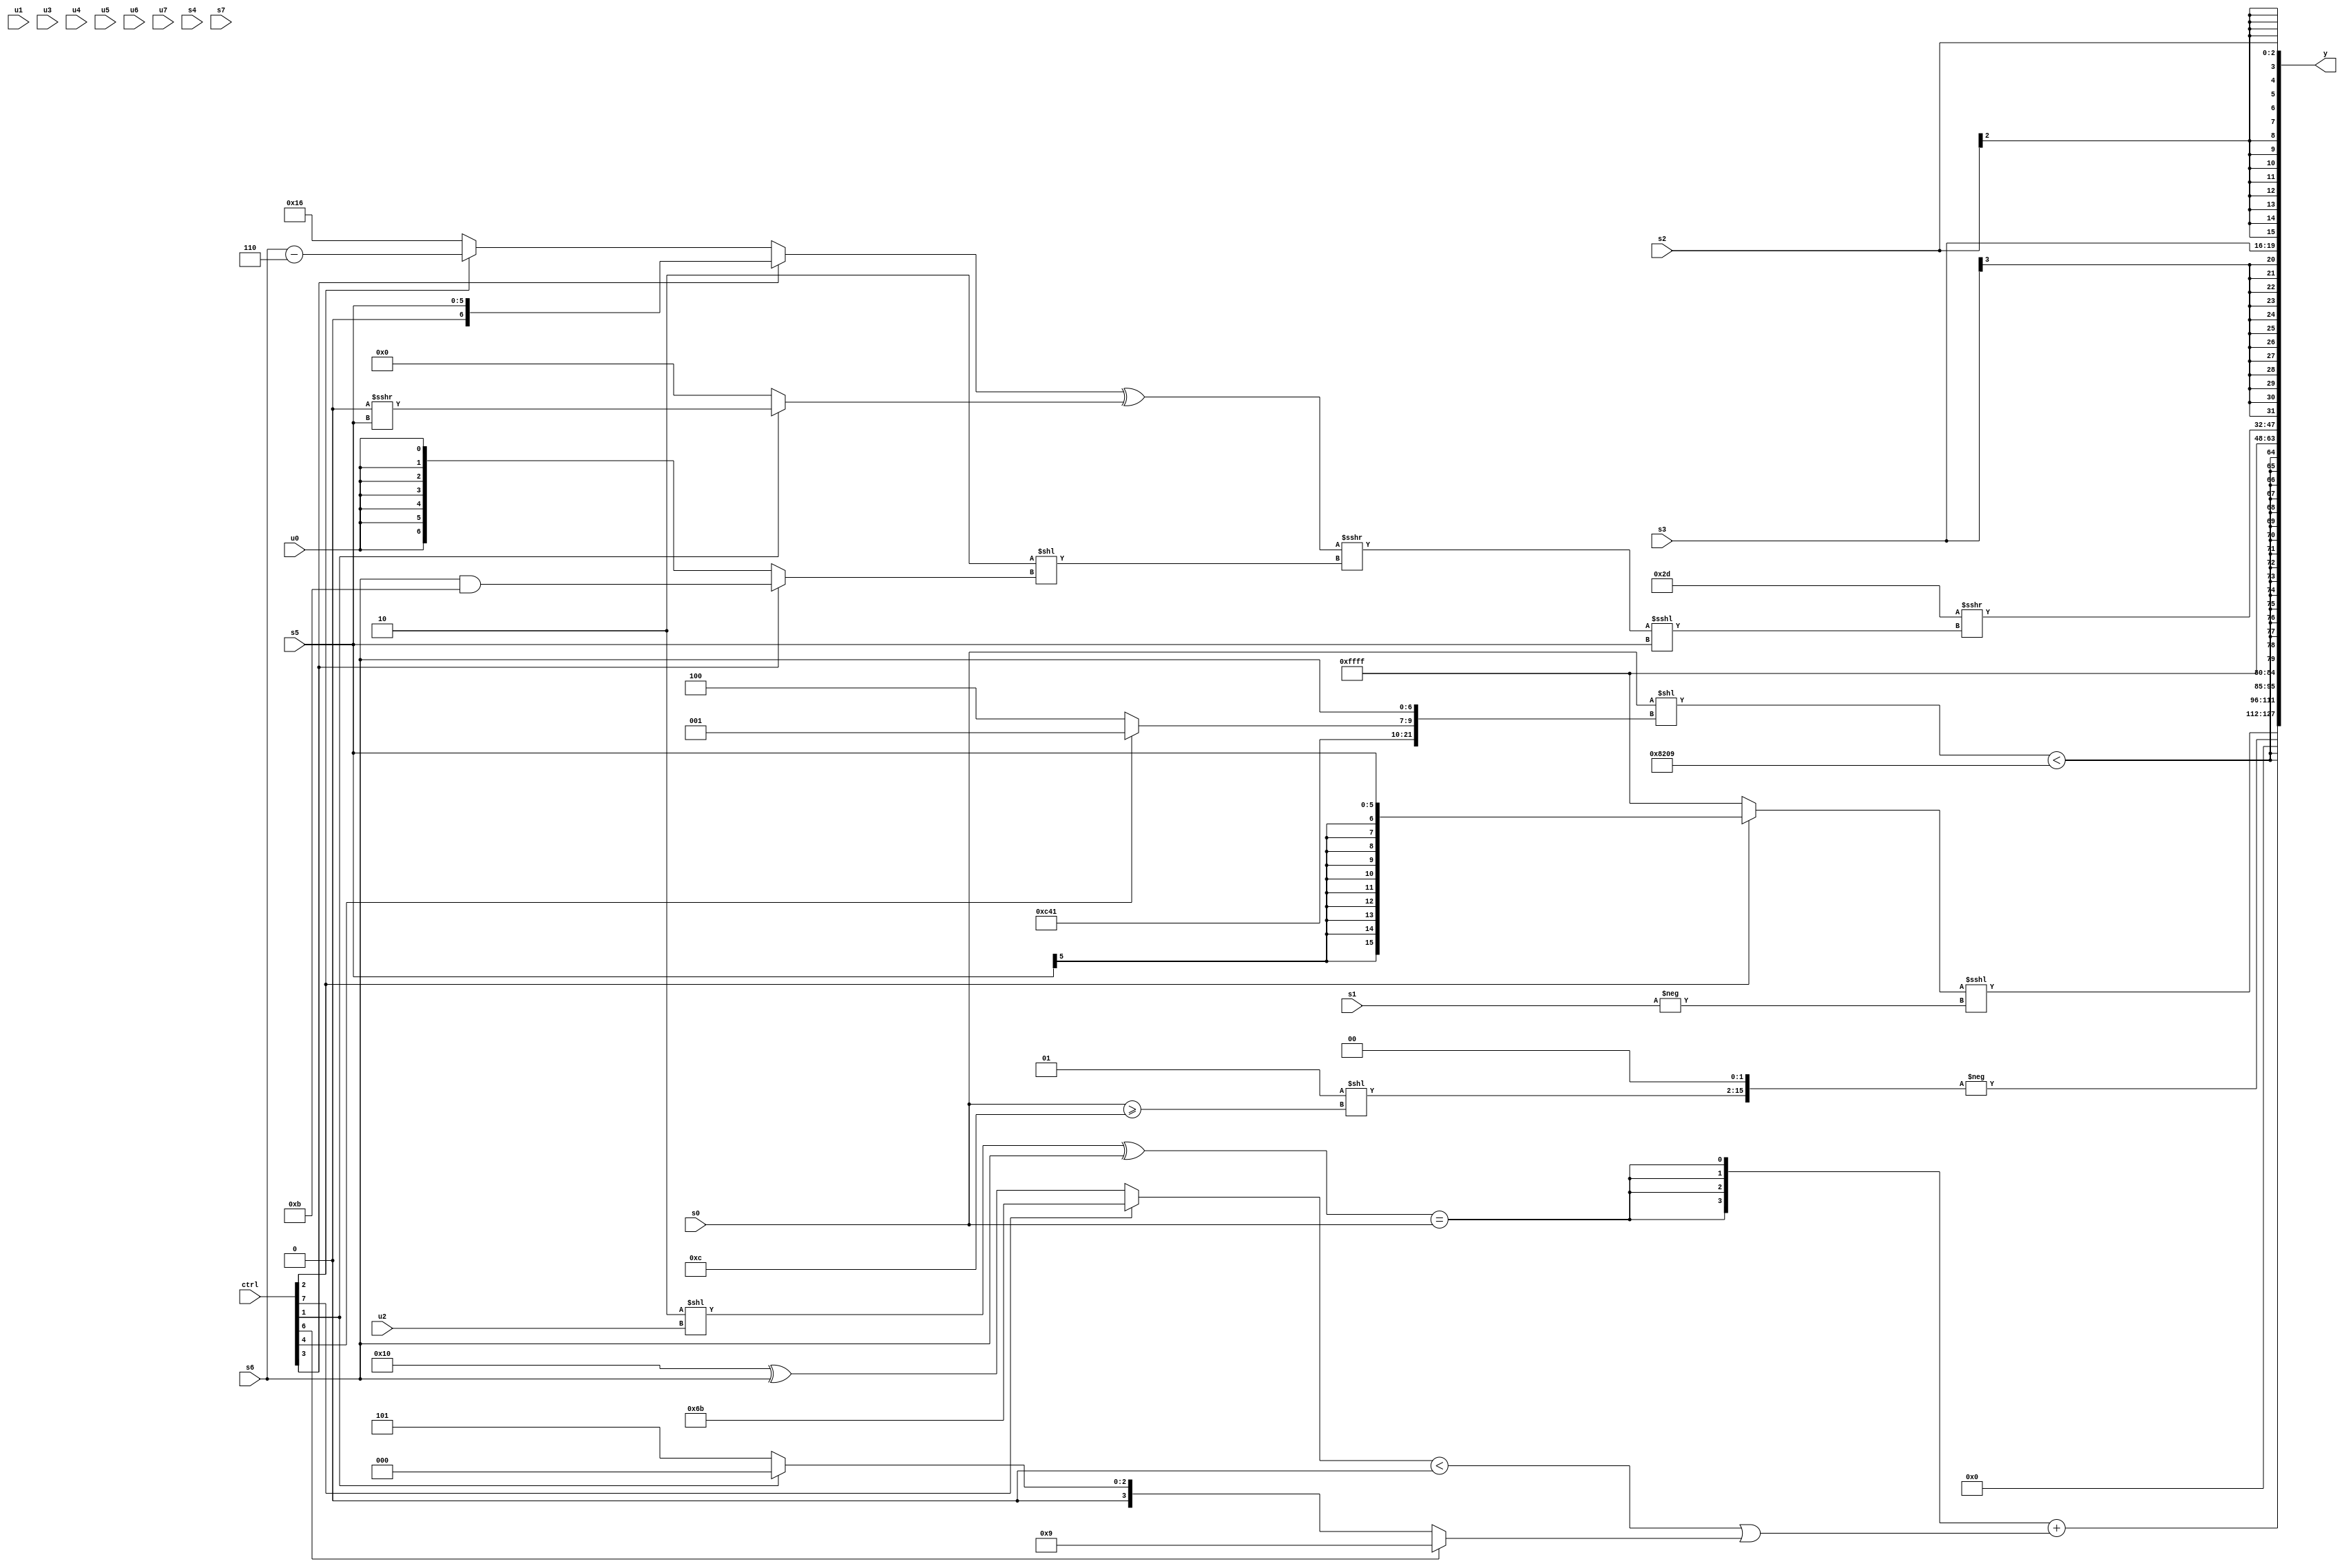
module wideexpr_00853(ctrl, u0, u1, u2, u3, u4, u5, u6, u7, s0, s1, s2, s3, s4, s5, s6, s7, y);
  input [7:0] ctrl;
  input [0:0] u0;
  input [1:0] u1;
  input [2:0] u2;
  input [3:0] u3;
  input [4:0] u4;
  input [5:0] u5;
  input [6:0] u6;
  input [7:0] u7;
  input signed [0:0] s0;
  input signed [1:0] s1;
  input signed [2:0] s2;
  input signed [3:0] s3;
  input signed [4:0] s4;
  input signed [5:0] s5;
  input signed [6:0] s6;
  input signed [7:0] s7;
  output [127:0] y;
  wire [15:0] y0;
  wire [15:0] y1;
  wire [15:0] y2;
  wire [15:0] y3;
  wire [15:0] y4;
  wire [15:0] y5;
  wire [15:0] y6;
  wire [15:0] y7;
  assign y = {y0,y1,y2,y3,y4,y5,y6,y7};
  assign y0 = ((ctrl[2]?s5:$signed($signed(4'sb1111))))<<<(-(s1));
  assign y1 = -((+((4'sb0001)<<((-(+((s0)>=(6'sb001100))))>>>(((1'sb0)|((2'sb00)<<<(s1)))<<(+(4'sb0011))))))<<(4'sb0010));
  assign y2 = ($unsigned({4{(($signed($unsigned((4'sb1110)<<(u2))))^(s6))==($signed(+((~|(4'sb0110))!=(&(s0)))))}}))+(+(($signed($unsigned(((ctrl[7]?$signed(6'sb101011):(6'sb110000)^(s6)))<(2'sb00))))|((ctrl[6]?4'sb1001:(ctrl[1]?-((5'sb01111)<=(6'sb000111)):$signed($signed(3'b101)))))));
  assign y3 = $signed(((s0)<<({(1'sb1)-(6'sb100111),4'sb1000,(ctrl[4]?4'b1001:6'b001100),+(s6)}))<(-({3{6'sb110111}})));
  assign y4 = $signed(+(-(3'sb001)));
  assign y5 = (6'sb101101)>>>(((((ctrl[3]?+($signed(s5)):(ctrl[2]?(s6)-(5'sb00110):+(5'sb10110))))^((ctrl[1]?(+(1'b0))>>>(s5):1'sb0)))>>>(({$signed(2'sb10)})<<($unsigned((ctrl[3]?(s6)&(6'sb111011):$signed(u0))))))<<<(s5));
  assign y6 = s3;
  assign y7 = s2;
endmodule